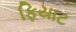
ફિયાટ